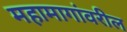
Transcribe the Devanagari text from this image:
महामागांवरील